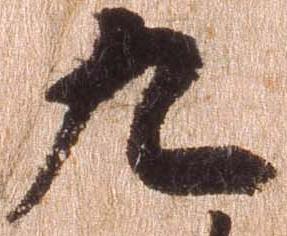
九